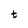
Character: t